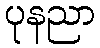
ပုနညာ